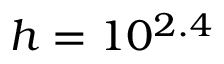
h = 1 0 ^ { 2 . 4 }